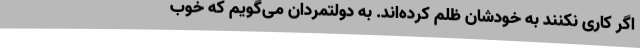
اگر کاری نکنند به خودشان ظلم کرده‌اند. به دولتمردان می‌گویم که خوب